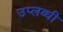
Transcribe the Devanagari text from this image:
उप्लब्धी